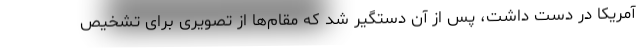
آمریکا در دست داشت، پس از آن دستگیر شد که مقام‌ها از تصویری برای تشخیص